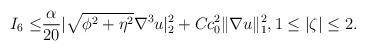
LaTeX: \begin{align*}I_6\leq &\frac{\alpha}{20}|\sqrt{\phi^2+\eta^2}\nabla^3 u|^2_2+ Cc^2_0 \|\nabla u\|^2_{1}, 1\leq |\zeta|\leq 2.\end{align*}